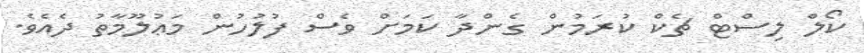
ކޯލް ލިސްޓް ޗެކް ކުރަމުން ގެންދާ ކަމަށް ވެސް ފުލުހުން މަޢުލޫމާތު ދެއެވެ.